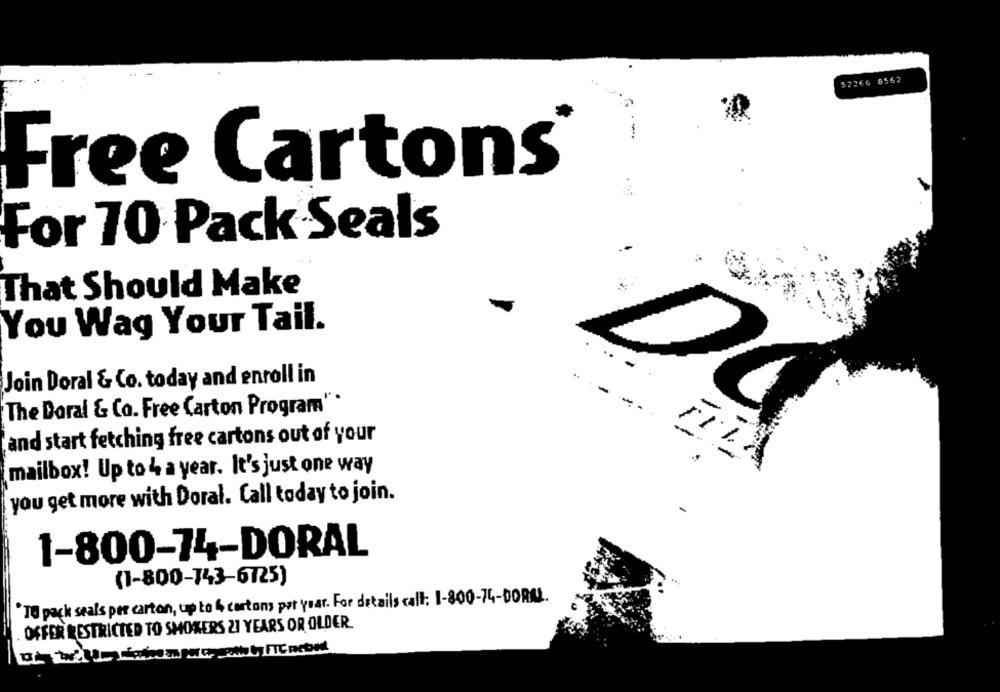
52266 8562
Free Cartons
For 70 Pack Seals
That Should Make
You Wag Your Tail.
Join Doral & Co. today and enroll in
The Doral & Co. Free Carton Program".
----
rl
and start fetching free cartons out of your
-
mailbox! Up to 4 a year. It's just one way
you get more with Doral. Call today to join.
1-800-74-DORAL
(1-800-743-6725)
"TO pack seals per carton, up to 4 cartons per year. For details call: 1-800-74-DORAL.
. OFFER RESTRICTED TO SMOKERS 21 YEARS OR OLDER.